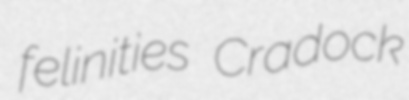
felinities Cradock